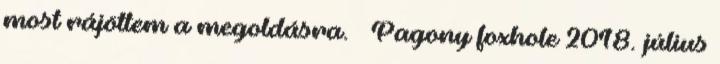
most rájöttem a megoldásra. – Pagony foxhole 2018. július